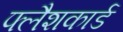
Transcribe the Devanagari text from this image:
फ्लैशकार्ड